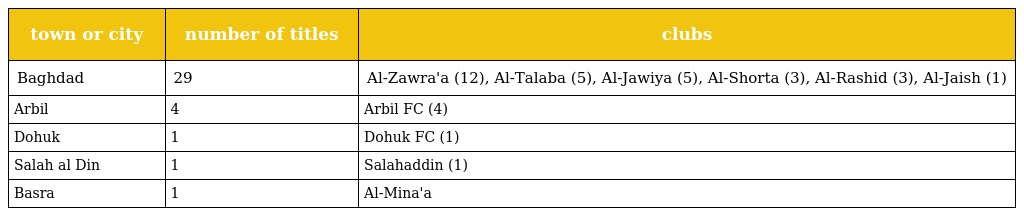
| town or city | number of titles | clubs |
 | --- | --- | --- |
 | Baghdad | 29 | Al-Zawra'a (12), Al-Talaba (5), Al-Jawiya (5), Al-Shorta (3), Al-Rashid (3), Al-Jaish (1) |
 | Arbil | 4 | Arbil FC (4) |
 | Dohuk | 1 | Dohuk FC (1) |
 | Salah al Din | 1 | Salahaddin (1) |
 | Basra | 1 | Al-Mina'a |